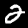
Label: 2